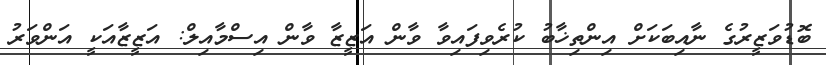
ބޮޑުވަޒީރުގެ ނާއިބަކަށް އިންތިޚާބު ކުރެވިފައިވާ ވާން އަޒީޒާ ވާން އިސްމާއިލް: އަޒީޒާއަކީ އަންވަރު